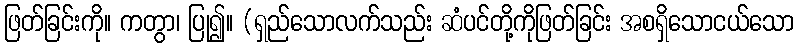
ဖြတ်ခြင်းကို။ ကတွာ၊ ပြု၍။ (ရှည်သောလက်သည်း ဆံပင်တို့ကိုဖြတ်ခြင်း အစရှိသောငယ်သော